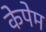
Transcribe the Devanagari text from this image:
केपेम